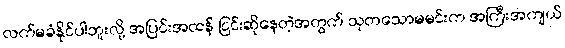
လက်မခံနိုင်ပါဘူးလို့ အပြင်းအထန် ငြင်းဆိုနေတဲ့အတွက် သုတသောမမင်းက အကြီးအကျယ်